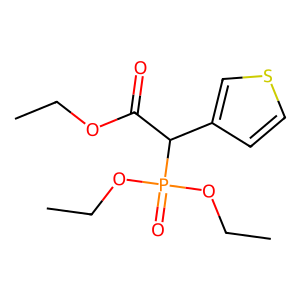
SMILES: CCOC(=O)C(c1ccsc1)P(=O)(OCC)OCC
Inhibits HIV replication: No